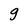
Character: g